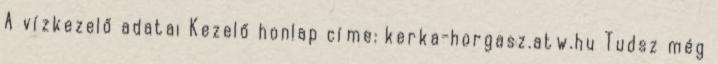
A vízkezelő adatai Kezelő honlap címe: kerka-horgasz.atw.hu Tudsz még